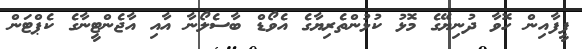
ފީފާއިން ހޮވާ ދުނިޔޭގެ މޮޅު ކުޅުންތެރިޔާގެ އެވޯޑް ބާސެލޯނާ އާއި އާޖެންޓީނާގެ ކެޕްޓަން